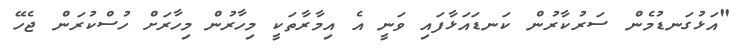
"އަޅުގަނޑުމެން ސަރުކާރުން ކަނޑައަޅާފައި ވަނީ އެ އިމާރާތަކީ މިހާރުން މިހާރަށް ހުސްކުރަން ޖެހޭ